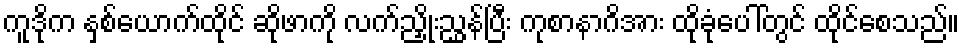
ကူဒိုက နှစ်ယောက်ထိုင် ဆိုဖာကို လက်ညှိုးညွှန်ပြီး ကုစာနာဂိအား ထိုခုံပေါ်တွင် ထိုင်စေသည်။